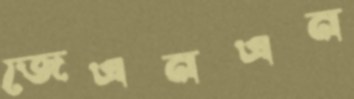
জেএনএন